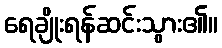
ရေချိုးရန်ဆင်းသွား၏။